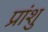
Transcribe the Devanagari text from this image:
प्रांशु